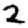
Digit: 2